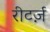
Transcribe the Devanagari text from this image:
रीटर्ज़